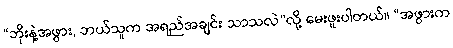
“ဘိုးနဲ့အဖွား, ဘယ်သူက အရည်အချင်း သာသလဲ”လို့ မေးဖူးပါတယ်။ “အဖွားက